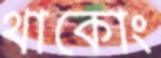
থাকোং